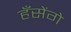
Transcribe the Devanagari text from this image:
हँसेंगे